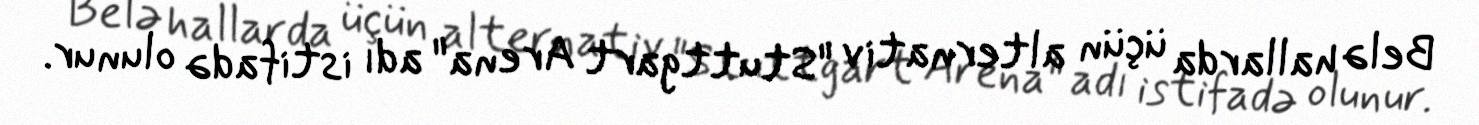
Belə hallarda üçün alternativ "Stuttgart Arena" adı istifadə olunur.